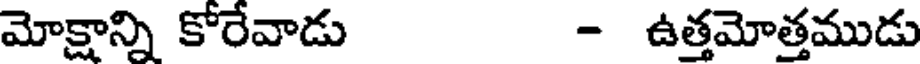
మోక్షాన్ని కోరేవాడు - ఉత్తమోత్తముడు